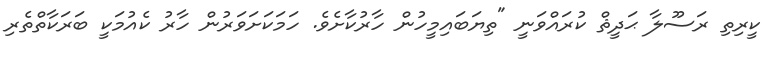
ކީރިތި ރަސޫލާ ޙަދީޘް ކުރައްވަނީ "ތިޔަބައިމީހުން ހާރުކާށެވެ. ހަމަކަށަވަރުން ހާރު ކެއުމަކީ ބަރަކާތްތެރި